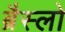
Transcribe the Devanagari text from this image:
ब्रैस्लो